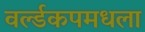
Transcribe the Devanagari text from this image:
वर्ल्डकपमधला